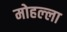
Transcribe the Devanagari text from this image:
मोहल्‍ला